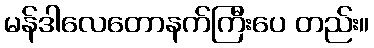
မန်ဒါလေတောနက်ကြီးပေ တည်း။